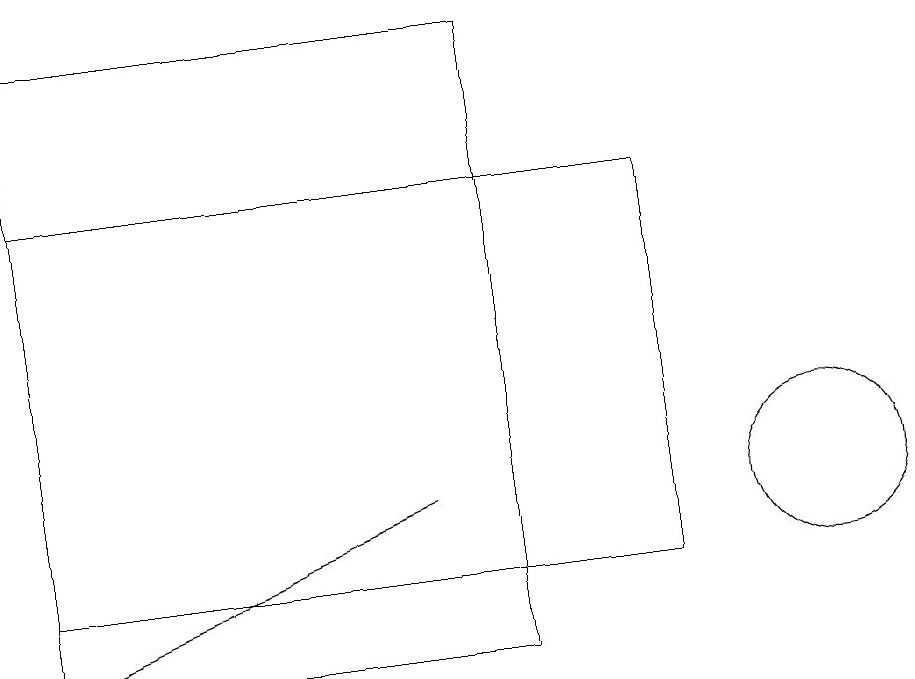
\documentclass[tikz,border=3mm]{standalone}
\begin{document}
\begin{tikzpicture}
\draw (10,12) circle (1);
\draw[->] (5,12) -- (0,10);
\draw (6,18) rectangle (0,16);
\draw (0,11) rectangle (8,16);
\draw (0,18) rectangle (6,10);
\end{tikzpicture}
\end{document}